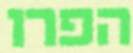
הפרו